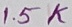
Text: 1.5K